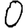
Digit: 0